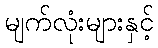
မျက်လုံးများနှင့်